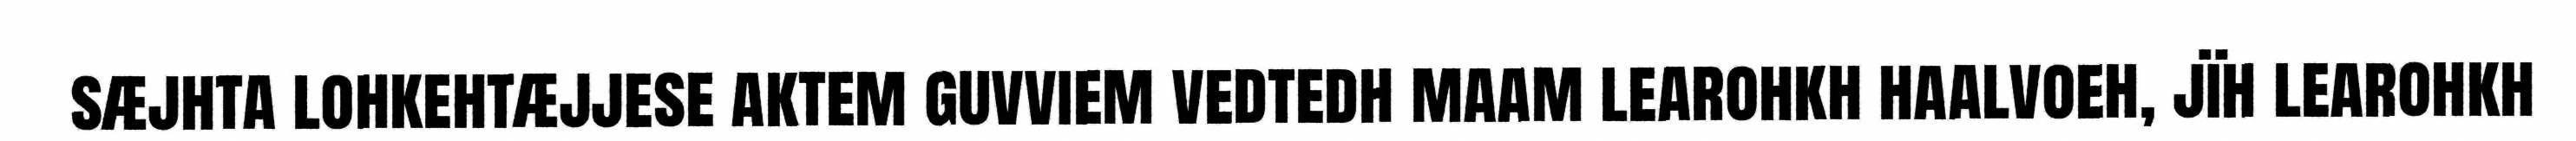
sæjhta lohkehtæjjese aktem guvviem vedtedh maam learohkh haalvoeh, jïh learohkh